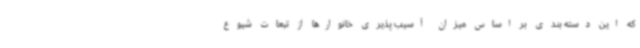
که این دسته بندی بر اساس میزان آسیب پذیری خانوارها از تبعات شیوع